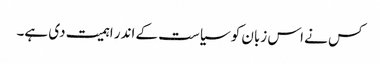
کس نے اس زبان کو سیاست کے اندر اہمیت دی ہے۔